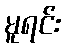
မူရင်း